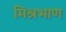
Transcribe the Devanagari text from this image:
मिश्रभाण